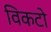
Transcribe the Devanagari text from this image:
विकटो